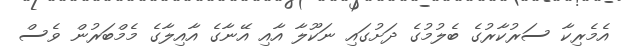
އެމެރިކާ ސަރުކާރުގެ ބެލުމުގެ ދަށުގައި ނަކޫލާ އާއި އޭނާގެ އާއިލާގެ މެމްބަރުން ވެސް